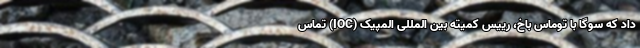
داد که سوگا با توماس باخ، رییس کمیته بین المللی المپیک (IOC) تماس